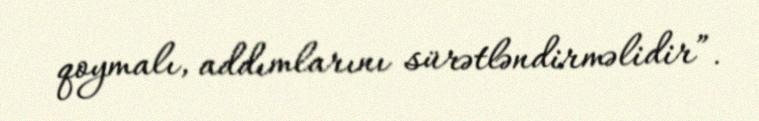
qoymalı, addımlarını sürətləndirməlidir”.